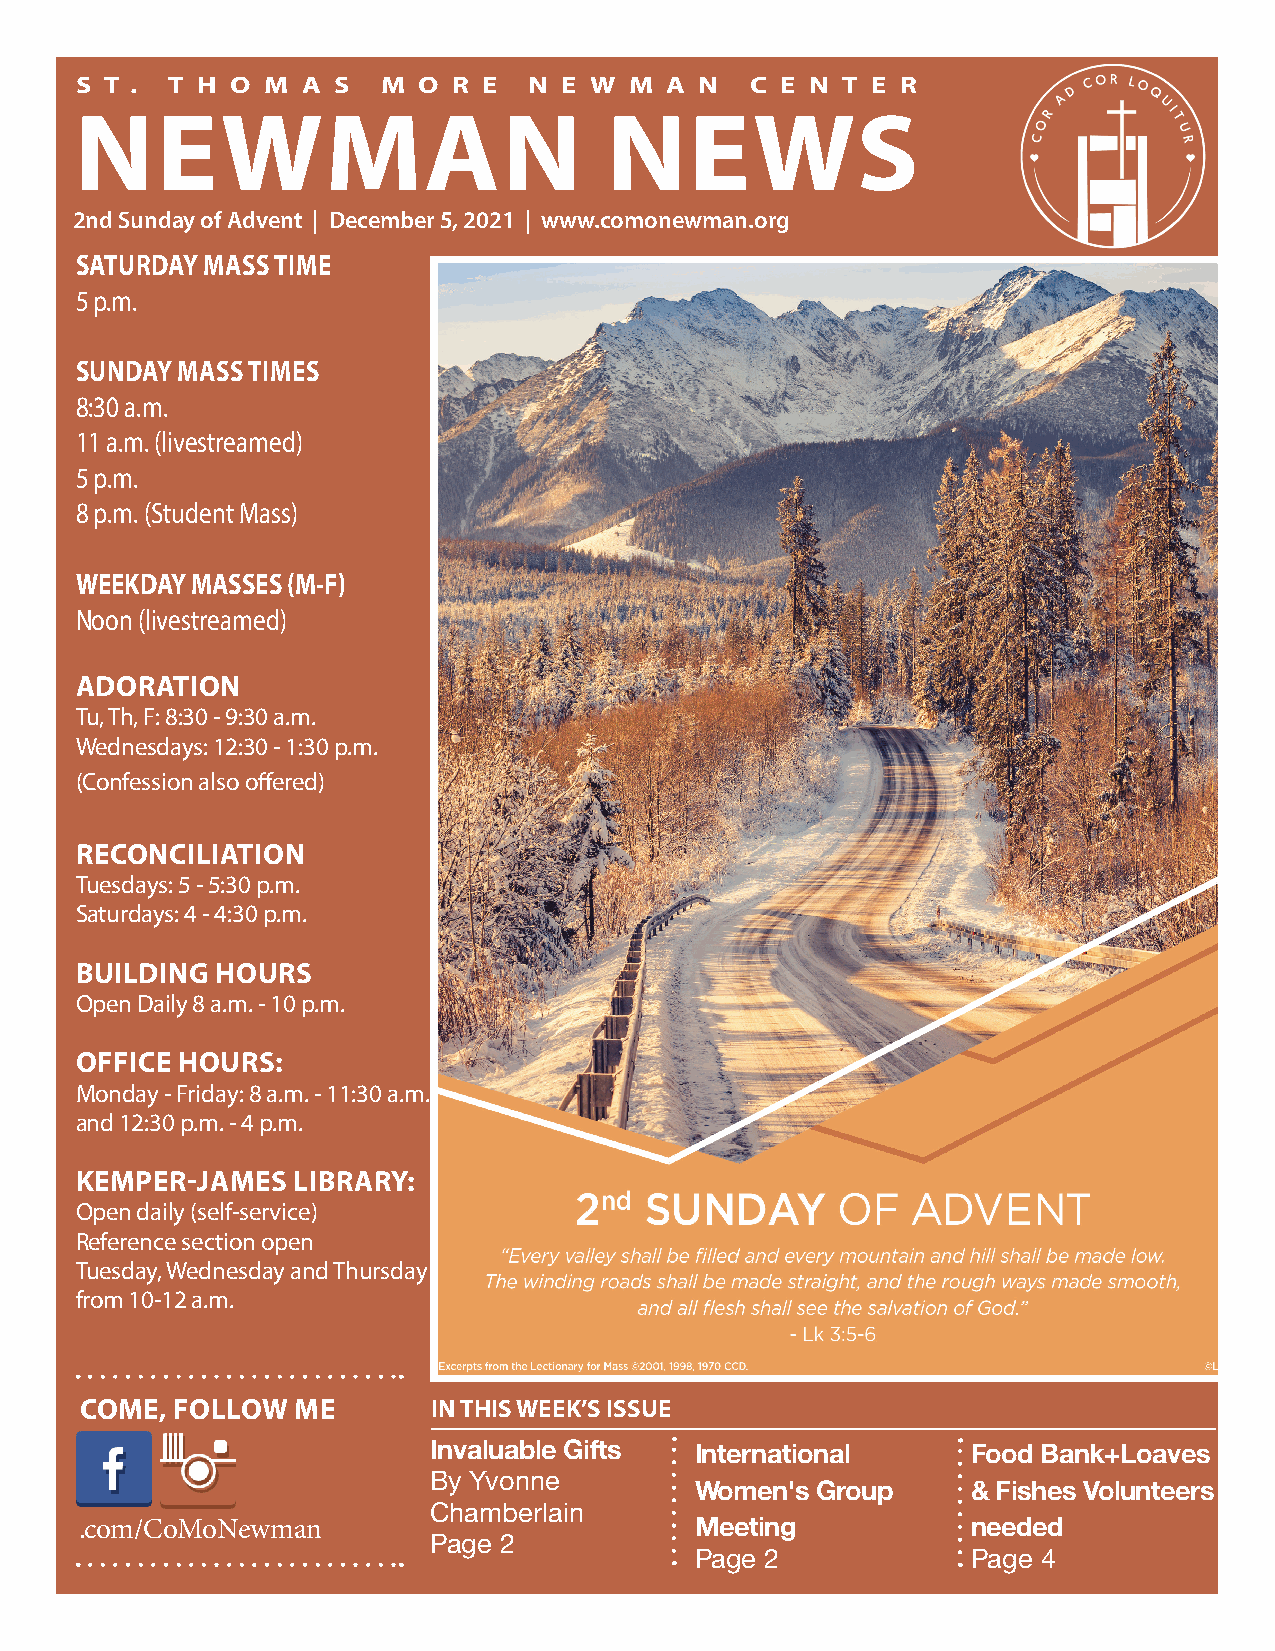
S T . T H O M  A S  M  O R E  N E W  M A N   C E N T E R
 NEWMAN                             NEWS
 2nd Sunday of Advent | December 5, 2021 | www.comonewman.org
 SATURDAY MASS TIME
 5 p.m.
 SUNDAY MASS TIMES
 8:30 a.m.
 11 a.m. (livestreamed)
 5 p.m.
 8 p.m. (Student Mass)
 WEEKDAY MASSES (M-F)
 Noon (livestreamed)
 ADORATION
 Tu, Th, F: 8:30 - 9:30 a.m.
 Wednesdays: 12:30 - 1:30 p.m.
 (Confession also offered)
 RECONCILIATION
 Tuesdays: 5 - 5:30 p.m.
 Saturdays: 4 - 4:30 p.m.
 BUILDING HOURS
 Open Daily 8 a.m. - 10 p.m.
 OFFICE HOURS:
 Monday - Friday: 8 a.m. - 11:30 a.m.
 and 12:30 p.m. - 4 p.m.
 KEMPER-JAMES  LIBRARY:
 Open daily (self-service)
 Reference section open
 Tuesday, Wednesday and Thursday
 from 10-12 a.m.
 COME, FOLLOW  ME        IN THIS WEEK’S ISSUE
 Invaluable Gifts  International     Food Bank+Loaves
 By Yvonne
 Women's Group     & Fishes Volunteers
 Chamberlain
 .com/CoMoNewman                          Meeting           needed
 Page 2
 Page 2            Page 4